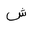
Letter: _shin